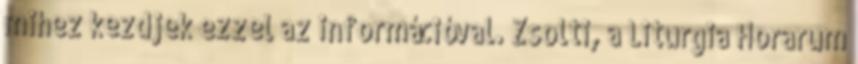
mihez kezdjek ezzel az információval. Zsolti, a Liturgia Horarum